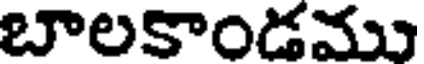
బాలకాండము